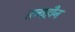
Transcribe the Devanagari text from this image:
तत्त्वहीन